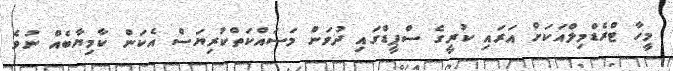
މީހާ ޓްރެޑްމިލްއަކަށް އަރައި ކުރީގެ ސްޕީޑްގައި ދުވަން މަސައްކަތްކުރިޔަސް އެކަން ކާމިޔާބެއް ނުވެ